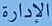
الإدارة